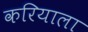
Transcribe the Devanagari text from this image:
करियाला